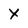
Character: X